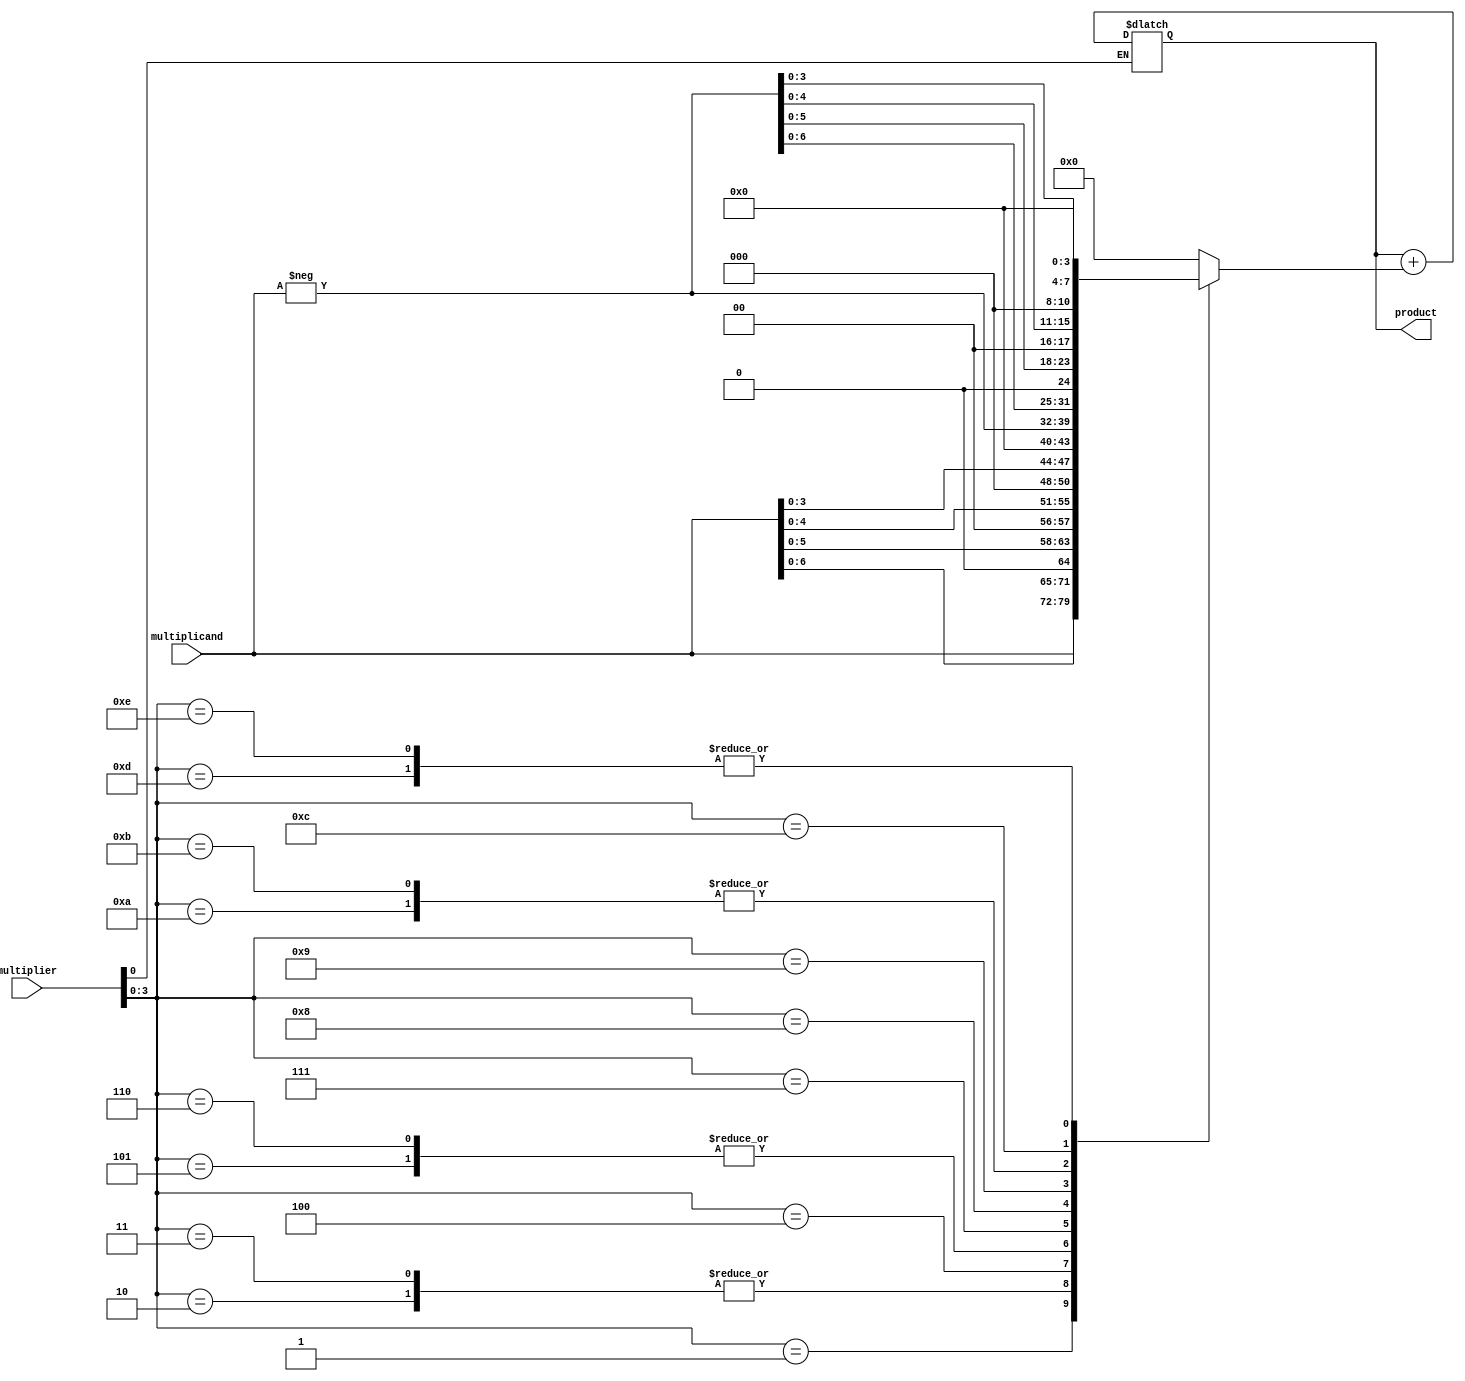
module booth_multiplier (
    input wire [7:0] multiplicand,
    input wire [7:0] multiplier,
    output reg [15:0] product
);

// Declare internal wire signals
wire [7:0] A, S;
wire [3:0] M;

// Initializations
initial begin
    A = multiplicand;
    S = 8'b0;
    M = multiplier;
end

// Parallel Booth Multiplier Logic
always @(*) begin
    case(M[3:0])
        4'b0000: S = 8'b0;
        4'b0001: S = A;
        4'b0010: S = A << 1;
        4'b0011: S = A << 1;
        4'b0100: S = A << 2;
        4'b0101: S = A << 3;
        4'b0110: S = A << 3;
        4'b0111: S = A << 4;
        4'b1000: S = -A;
        4'b1001: S = -A << 1;
        4'b1010: S = -A << 2;
        4'b1011: S = -A << 2;
        4'b1100: S = -A << 3;
        4'b1101: S = -A << 4;
        4'b1110: S = -A << 4;
        4'b1111: S = -A << 8;
    endcase
    
    if(M[0] == 1) begin
        product = product + S;
    end
    else begin
        product = product;
    end
    
end

endmodule